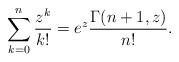
LaTeX: \begin{align*}\sum_{k=0}^{n}\frac{z^k}{k!} = e^z \frac{\Gamma(n+1,z)}{n!}.\end{align*}